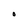
Character: O